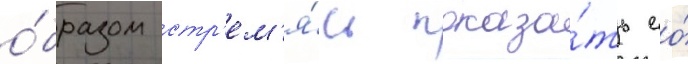
о́бразом стр'ем'я́сь показа́ть ео́